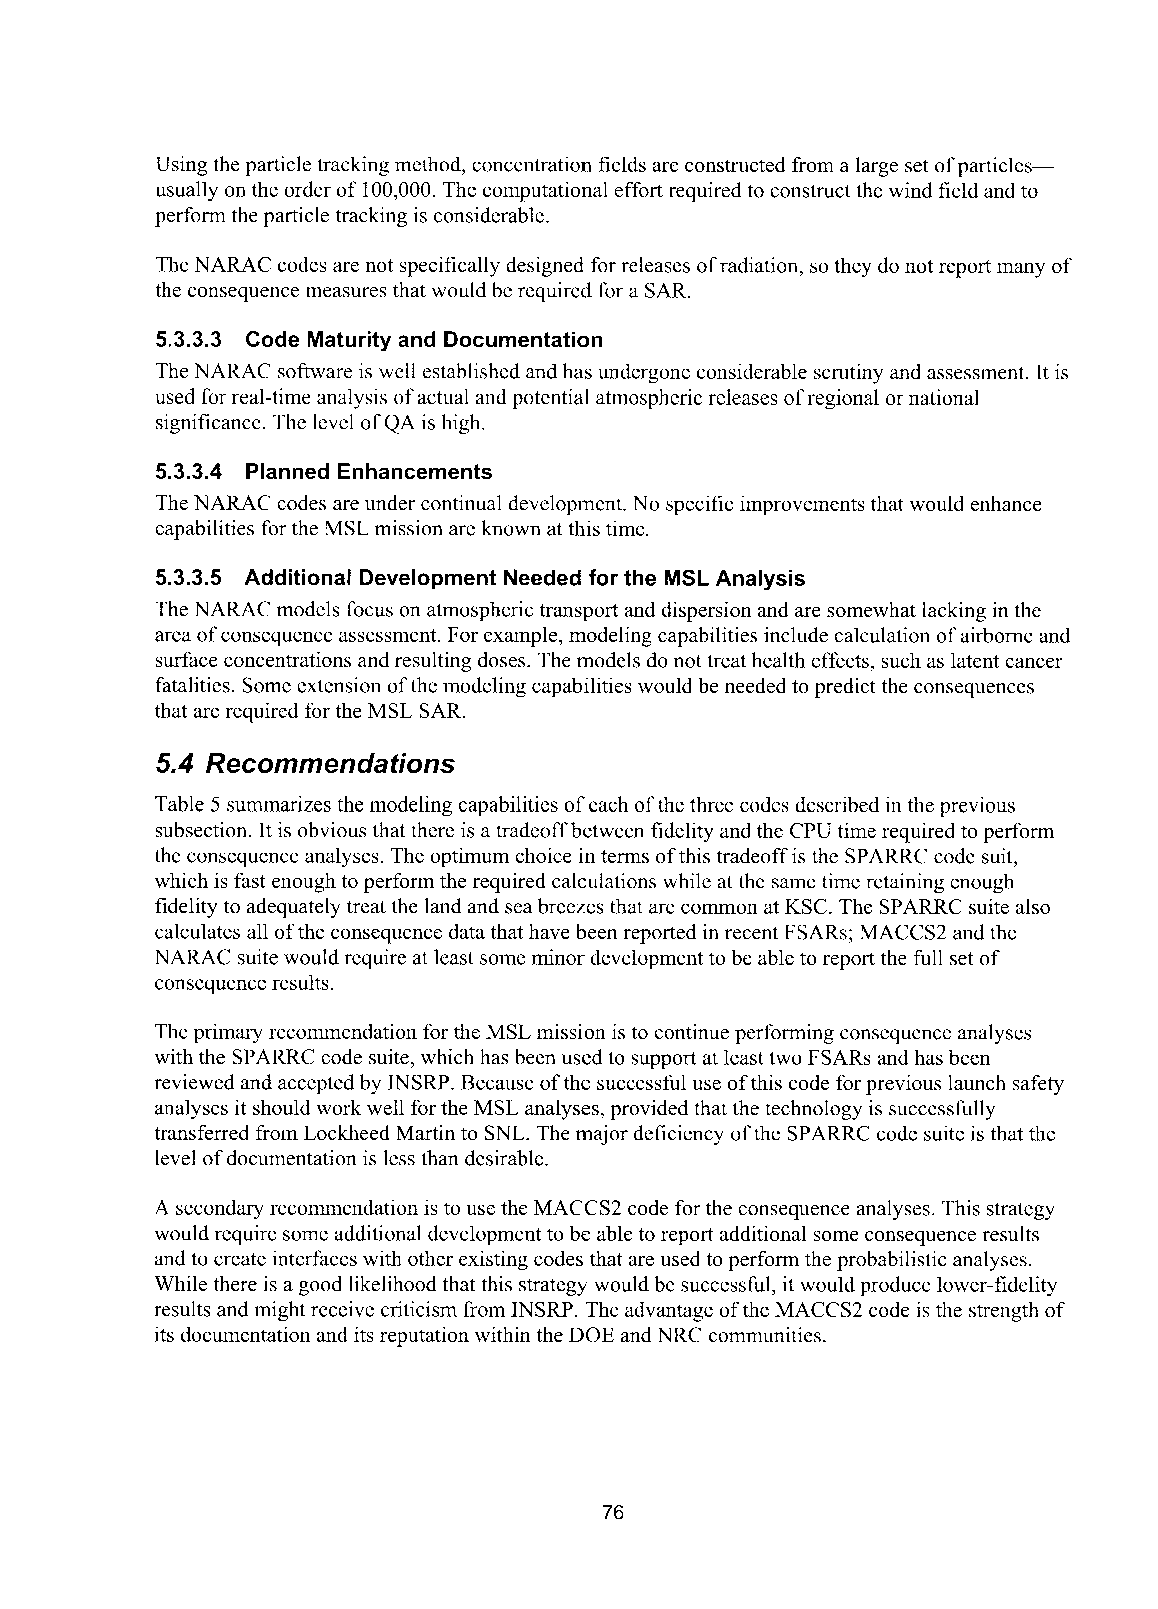
Using the particle tracking method, concentration fields are constructed from a large set of particles-
 usually on the order of 100,000. The computational effort required to construct the wind field and to
 perform the particle tracking is considerable.
 The NARAC codes are not specifically designed for releases of radiation, so they do not report many of
 the consequence measures that would be required for a SAR.
 5.3.3.3 Code Maturity and Documentation
 The NARAC software is well established and has undergone considerable scrutiny and assessment. It is
 used for real-time analysis of actual and potential atmospheric releases of regional or national
 significance. The level of QA is high.
 5.3.3.4 Planned Enhancements
 The NARAC codes are under continual development. No specific improvements that would enhance
 capabilities for the MSL mission are known at this time.
 5.3.3.5 Additional Development Needed for the MSL Analysis
 The NARAC models focus on atmospheric transport and dispersion and are somewhat lacking in the
 area of consequence assessment. For example, modeling capabilities include calculation of airborne and
 surface concentrations and resulting doses. The models do not treat health effects, such as latent cancer
 fatalities. Some extension of the modeling capabilities would be needed to predict the consequences
 that are required for the MSL SAR.
 5.4 Recommendations
 Table 5 summarizes the modeling capabilities of each of the three codes described in the previous
 subsection. It is obvious that there is a tradeoff between fidelity and the CPU time required to perform
 the consequence analyses. The optimum choice in terms of this tradeoff is the SPARRC code suit,
 which is fast enough to perform the required calculations while at the same time retaining enough
 fidelity to adequately treat the land and sea breezes that are common at KSC. The SPARRC suite also
 calculates all of the consequence data that have been reported in recent FSARs; MACCS2 and the
 NARAC suite would require at least some minor development to be able to report the full set of
 consequence results.
 The primary recommendation for the MSL mission is to continue performing consequence analyses
 with the SPARRC code suite, which has been used to support at least two FSARs and has been
 reviewed and accepted by INSRP. Because of the successful use of this code for previous launch safety
 analyses it should work well for the MSL analyses, provided that the technology is successfully
 transferred from Lockheed Martin to SNL. The major deficiency of the SPARRC code suite is that the
 level of documentation is less than desirable.
 A secondary recommendation is to use the MACCS2 code for the consequence analyses. This strategy
 would require some additional development to be able to report additional some consequence results
 and to create interfaces with other existing codes that are used to perform the probabilistic analyses.
 While there is a good likelihood that this strategy would be successful, it would produce lower-fidelity
 results and might receive criticism from INSRP. The advantage of the MACCS2 code is the strength of
 its documentation and its reputation within the DOE and NRC communities.
 76